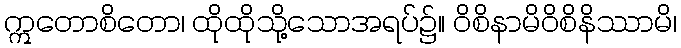
ဣတောစိတော၊ ထိုထိုသို့သောအရပ်၌။ ဝိစိနာမိဝိစိနိဿာမိ၊